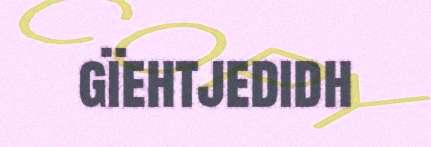
gïehtjedidh